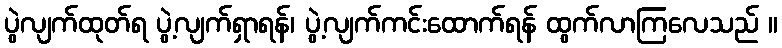
ပွဲလျက်ထုတ်ရ ပွဲ့လျက်ရှာရန်၊ ပွဲ့လျက်ကင်းထောက်ရန် ထွက်လာကြလေသည် ။